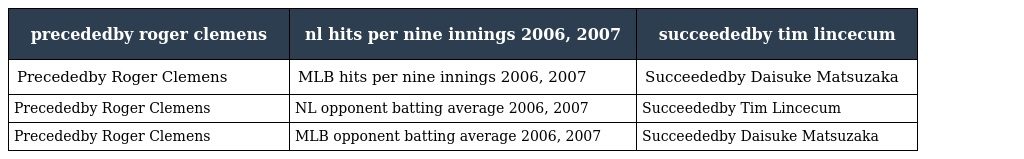
| precededby roger clemens | nl hits per nine innings 2006, 2007 | succeededby tim lincecum |
 | --- | --- | --- |
 | Precededby Roger Clemens | MLB hits per nine innings 2006, 2007 | Succeededby Daisuke Matsuzaka |
 | Precededby Roger Clemens | NL opponent batting average 2006, 2007 | Succeededby Tim Lincecum |
 | Precededby Roger Clemens | MLB opponent batting average 2006, 2007 | Succeededby Daisuke Matsuzaka |